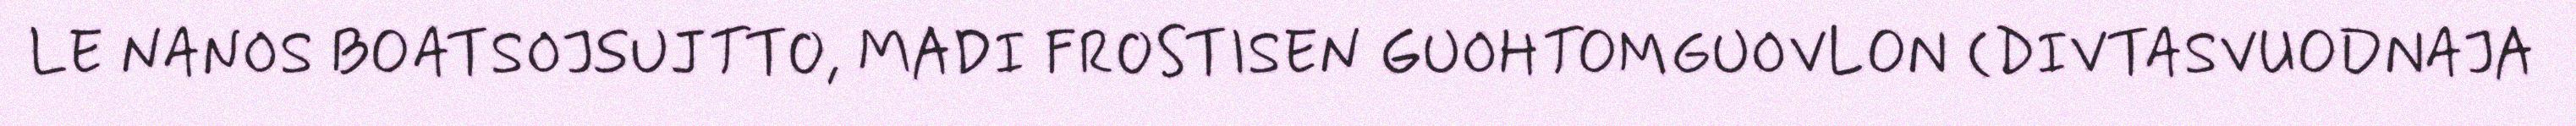
LE NANOS BOATSOJSUJTTO, MADI FROSTISEN GUOHTOMGUOVLON (DIVTASVUODNAJA